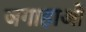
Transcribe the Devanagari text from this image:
जगाहाओं